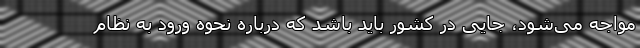
مواجه می‌شود، جایی در کشور باید باشد که درباره نحوه ورود به نظام